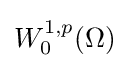
W_{0}^{1,p}(\Omega )